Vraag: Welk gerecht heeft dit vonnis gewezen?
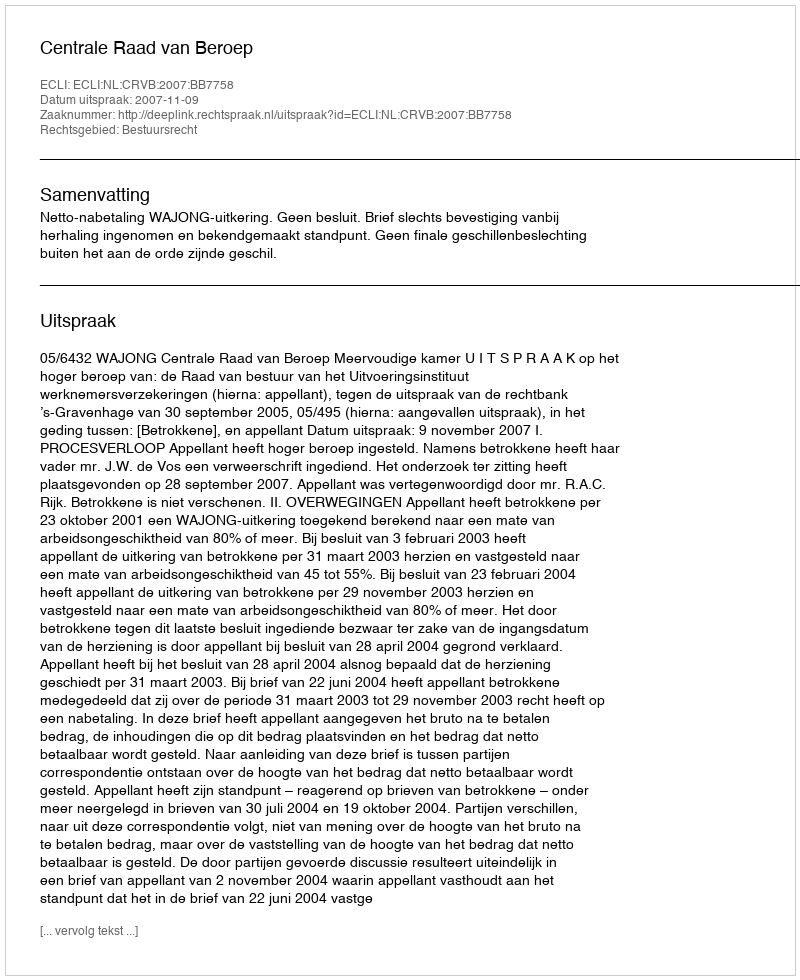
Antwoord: Centrale Raad van Beroep